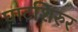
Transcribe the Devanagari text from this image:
घाटशिरुर